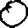
Digit: 0